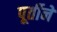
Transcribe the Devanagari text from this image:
पूर्तीने